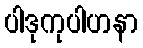
ပါဒုကုပါဟနာ